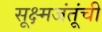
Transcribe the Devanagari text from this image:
सूक्ष्मजंतूंची